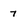
Character: 7